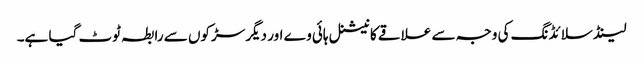
لینڈ سلائڈنگ کی وجہ سے علاقے کا نیشنل ہائی وے اور دیگر سڑکوں سے رابطہ ٹوٹ گیا ہے۔